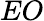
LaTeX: EO